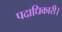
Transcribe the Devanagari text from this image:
पदाधिकारी।